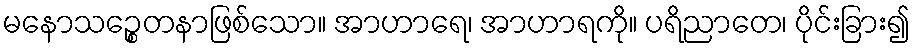
မနောသဉ္စေတနာဖြစ်သော။ အာဟာရေ၊ အာဟာရကို။ ပရိညာတေ၊ ပိုင်းခြား၍